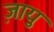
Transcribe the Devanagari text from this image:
ज़ायु